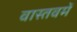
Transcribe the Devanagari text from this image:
वास्तवमें